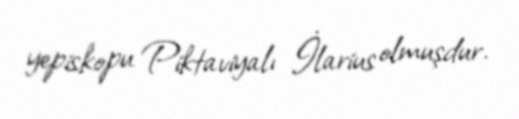
yepiskopu Piktaviyalı İlarius olmuşdur.